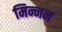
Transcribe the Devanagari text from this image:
मिन्नन